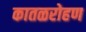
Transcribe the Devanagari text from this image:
कातळरोहण